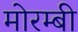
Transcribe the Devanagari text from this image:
मोरम्बी